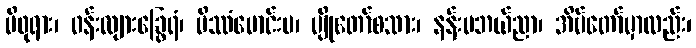
မိဖုရား၊ ဝန်းလျားခြွေရံ၊ မိဿံမောင်းမ၊ ပျိုတော်စသား၊ နန်းမဘယ်ညာ၊ အိမ်တော်မှာလည်း၊